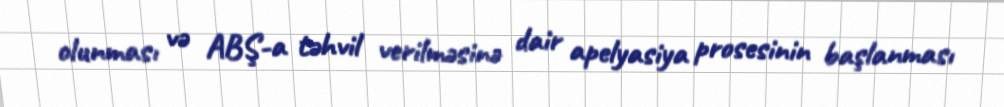
olunması və ABŞ-a təhvil verilməsinə dair apelyasiya prosesinin başlanması